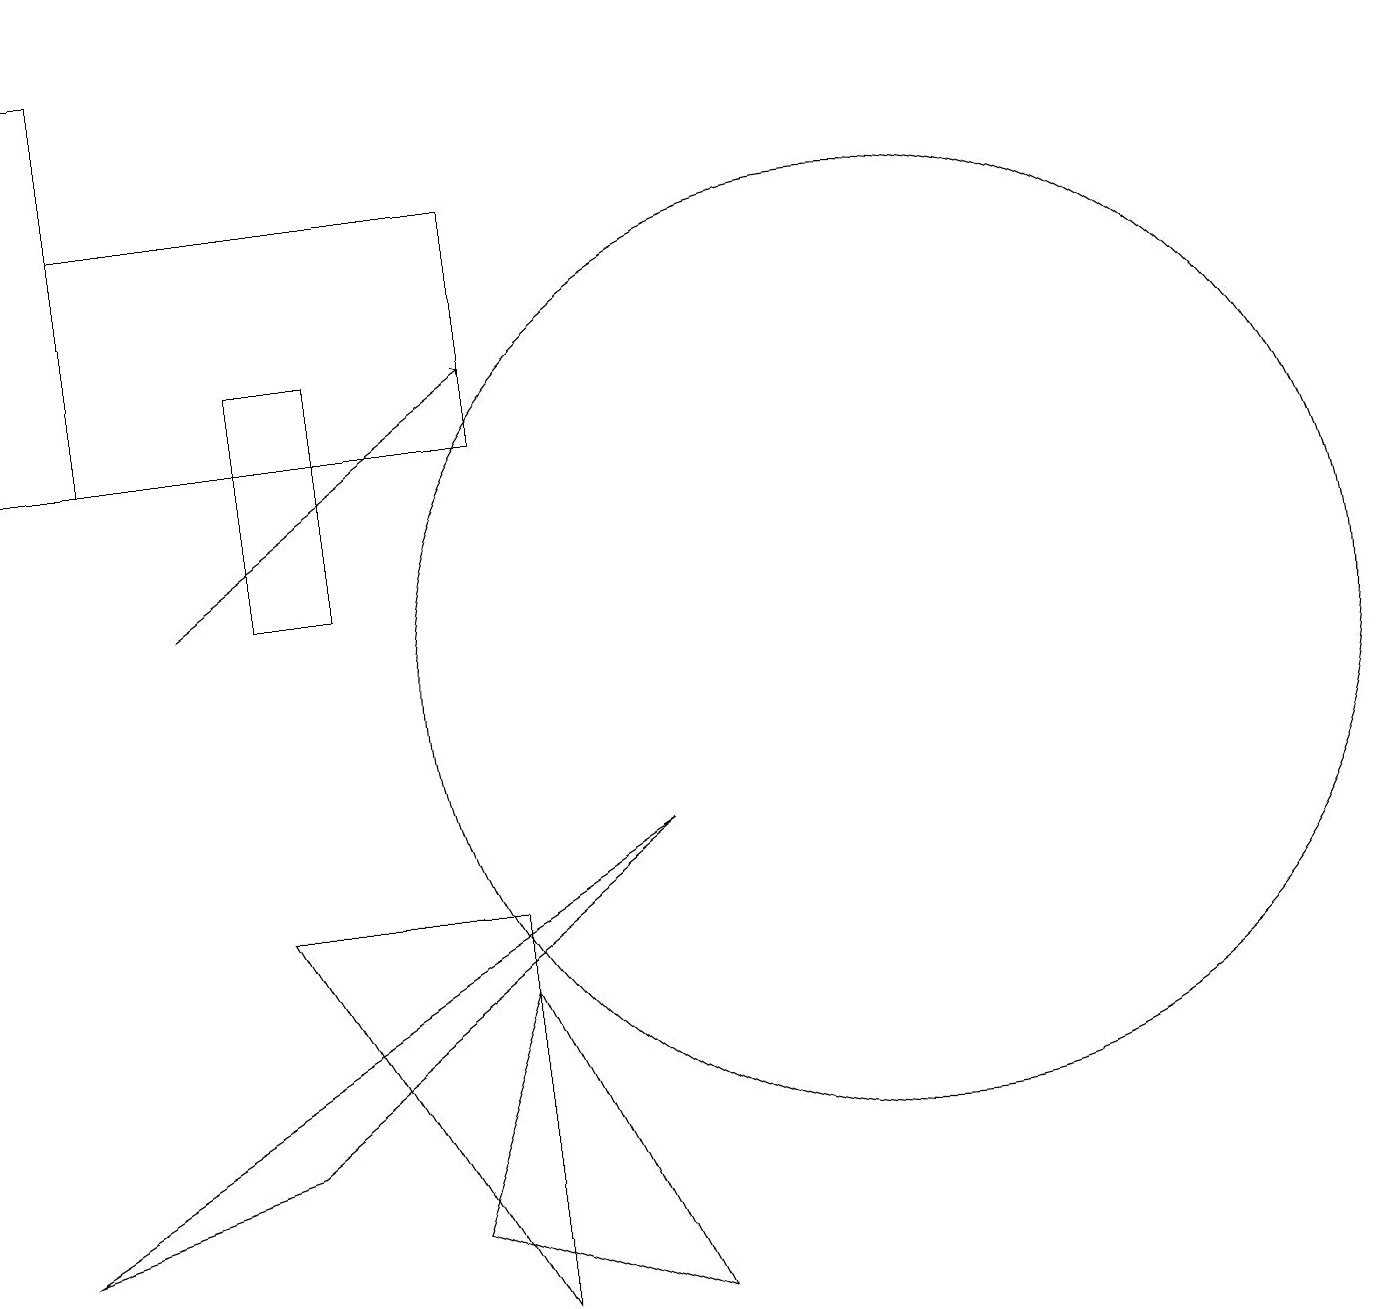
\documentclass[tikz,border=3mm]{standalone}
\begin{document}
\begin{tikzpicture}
\draw (6,3) -- (7,6) -- (9,2) -- cycle;
\draw (1,3) -- (4,4) -- (9,8) -- cycle;
\draw (4,11) rectangle (5,14);
\draw (7,16) rectangle (2,13);
\draw[->] (3,11) -- (7,14);
\draw (12,10) circle (6);
\draw (4,7) -- (7,7) -- (7,2) -- cycle;
\draw (2,18) rectangle (1,13);
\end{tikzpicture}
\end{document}